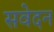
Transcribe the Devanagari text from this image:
सवेदन